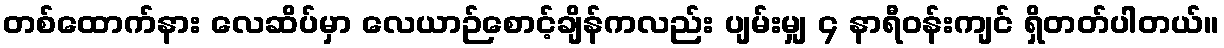
တစ်ထောက်နား လေဆိပ်မှာ လေယာဉ်စောင့်ချိန်ကလည်း ပျမ်းမျှ ၄ နာရီဝန်းကျင် ရှိတတ်ပါတယ်။